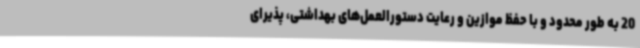
20 به طور محدود و با حفظ موازین و رعایت دستورالعمل‌های بهداشتی، پذیرای